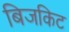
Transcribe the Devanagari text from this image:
बिजकिट